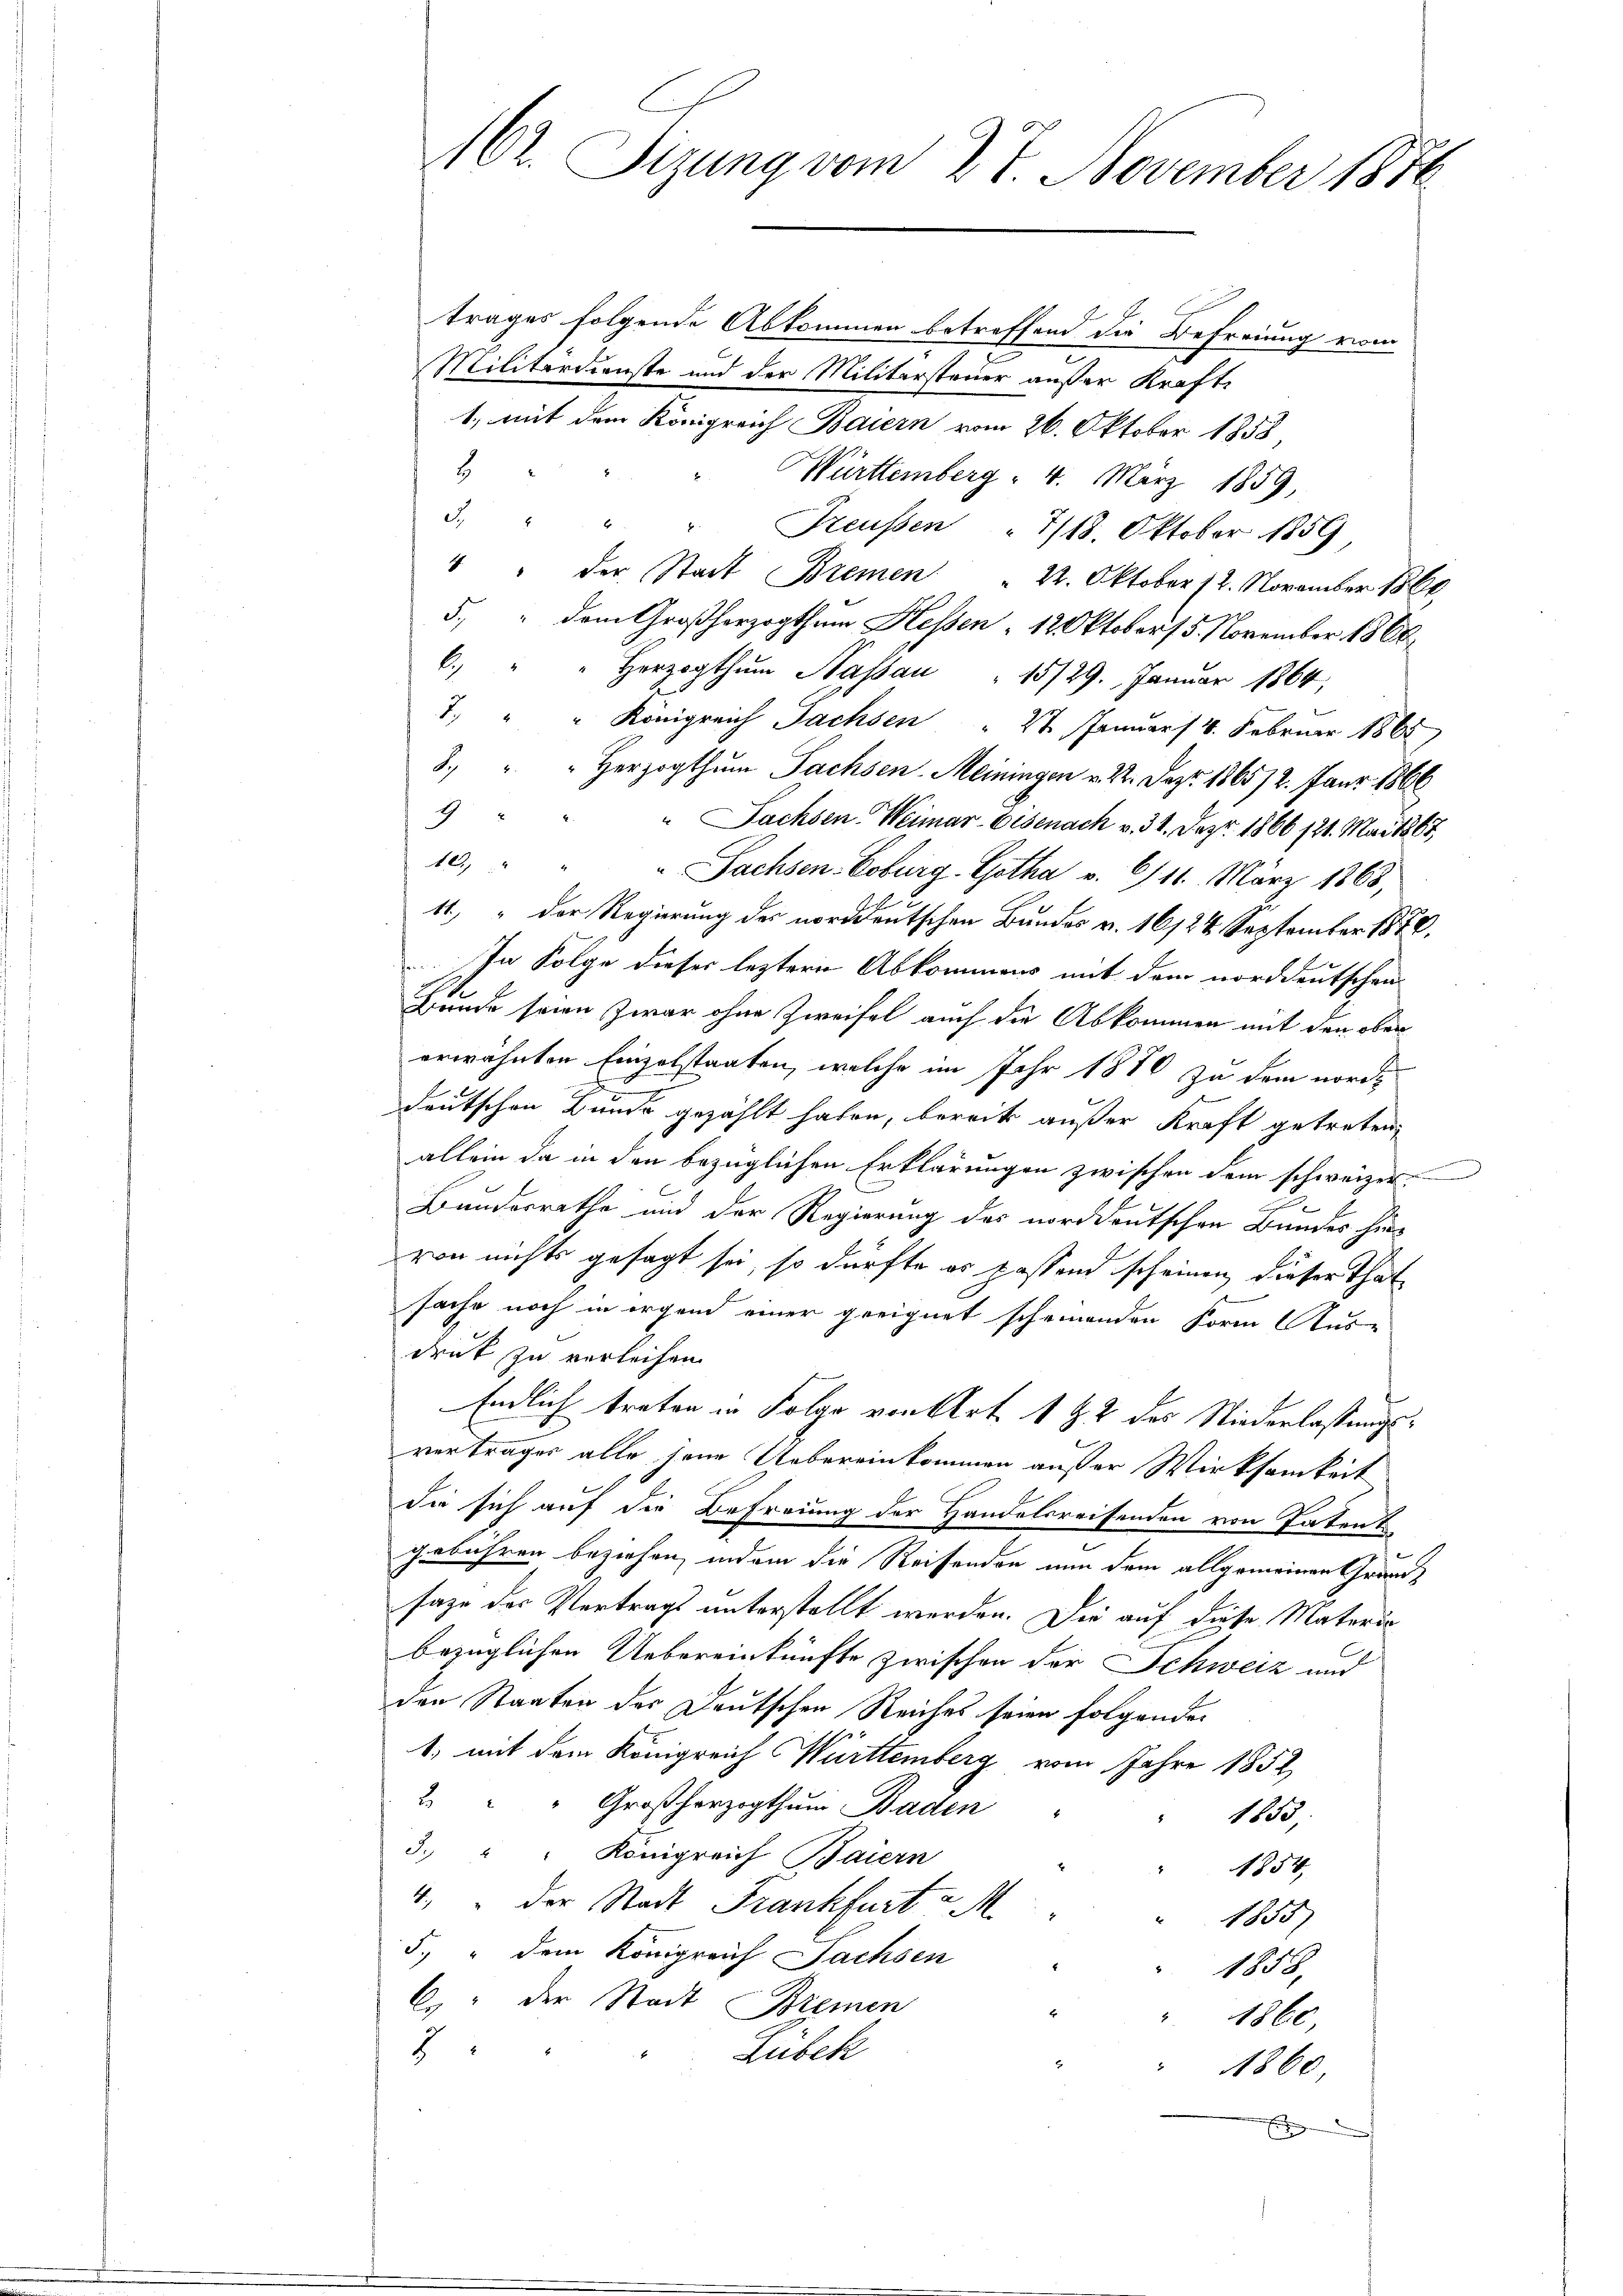
162. Sizung vom 27. November 1870

trages folgende Abkommen betreffend die Befreiung vom
Militärdienste und der Militärsteuer außer Kraft¬
1., mit dem Königreich Baiern vom 26. Oktober 1858
8
Württemberg - 4. März 1859,
3. " " " Preußen "7/18. Oktober 1859
" " der Stadt Bremen " 22. Oktober 12. November 1860.
5. " dem Großherzogthum Hessen : 12 Oktober 15. November 1866
6. " " Herzogthum Hassau " 15/29. Januar 1864
7. " " Königreich Sachsen " 21 Januar 14. Februar 1865)
8. " " Herzogthum Sachsen-Meiningen v. 22. Dez. 1865/2. Janr. 1866
9 " " " Sachsen-Weimar-Eisenach v. 31. Dez. 1866 121. Mai 1867,
10, " " " Sachsen-Coburg-Gotha v. 6/11. März 1868,
11.) " der Regierung des norddeutschen Bundes v. 16/24 September 1870.
In Folge dieser leztern Abkommens mit dem norddeutschen
Hunde seien zwar ohne Zweifel auch die Abkommen mit den ober
erwähnten Einzelstanten, welche im Jahr 1870 zu dem norde
deutschen Bunde gezählt haben, bereits außer Kraft getreten,
allein da in den bezüglichen Erklärungen zwischen dem schweizer-
Bundesrathe und der Regierung des norddeutschen Bundes hinvon nichts gesagt sei, so dürfte es passend scheinen dieser That
sache noch in irgend einer geeignet scheinenden Form Aus-
druck zu verleihen.
.
Endlich treten in Folge von Art. 1 & 2 des Niederlastungsvertrages alle jene Uebereinkommen außer Wirksamkeit
die sich auf die Befreuung der Handelsreifenden von Patent
gebühren beziehen, indem die Reisenden nun dem allgemeinen Grandsage der Vertrags unterstellt werden. Die auf diese Materie
bezüglichen Uebereinkünfte zwischen der Schweiz und
den Staaten der Deutschen Reiches seien folgender
1, mit dem Königreich Württemberg vom Jahre 1852
2. " " Großherzogthum Baden
1853,
3. " " Königreich Baiern
1854,
4.  der Stadt Frankfurt v. M.
1855)
5. " dem Königreich Sachsen
1858.
C. der Stadt Bremen
1860
8
Lübeck
1860,
E